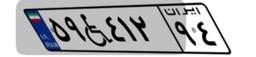
۵۹W۴۱۲۹۴